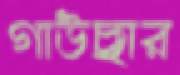
গাউছার